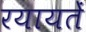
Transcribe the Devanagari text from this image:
रयायतें